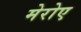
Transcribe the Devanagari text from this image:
मेरोए